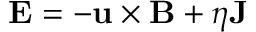
\mathbf { E } = - \mathbf { u } \times \mathbf { B } + \eta \mathbf { J }